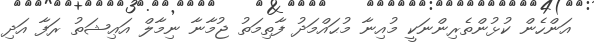
އަންހެން ކުޅުންތެރިންނަކީ މުއިނާ މުޙައްމަދު ފާތިމަތު ޖުމާނާ ނިމާލް އަޢިޝަތު ރަފާ އަދި